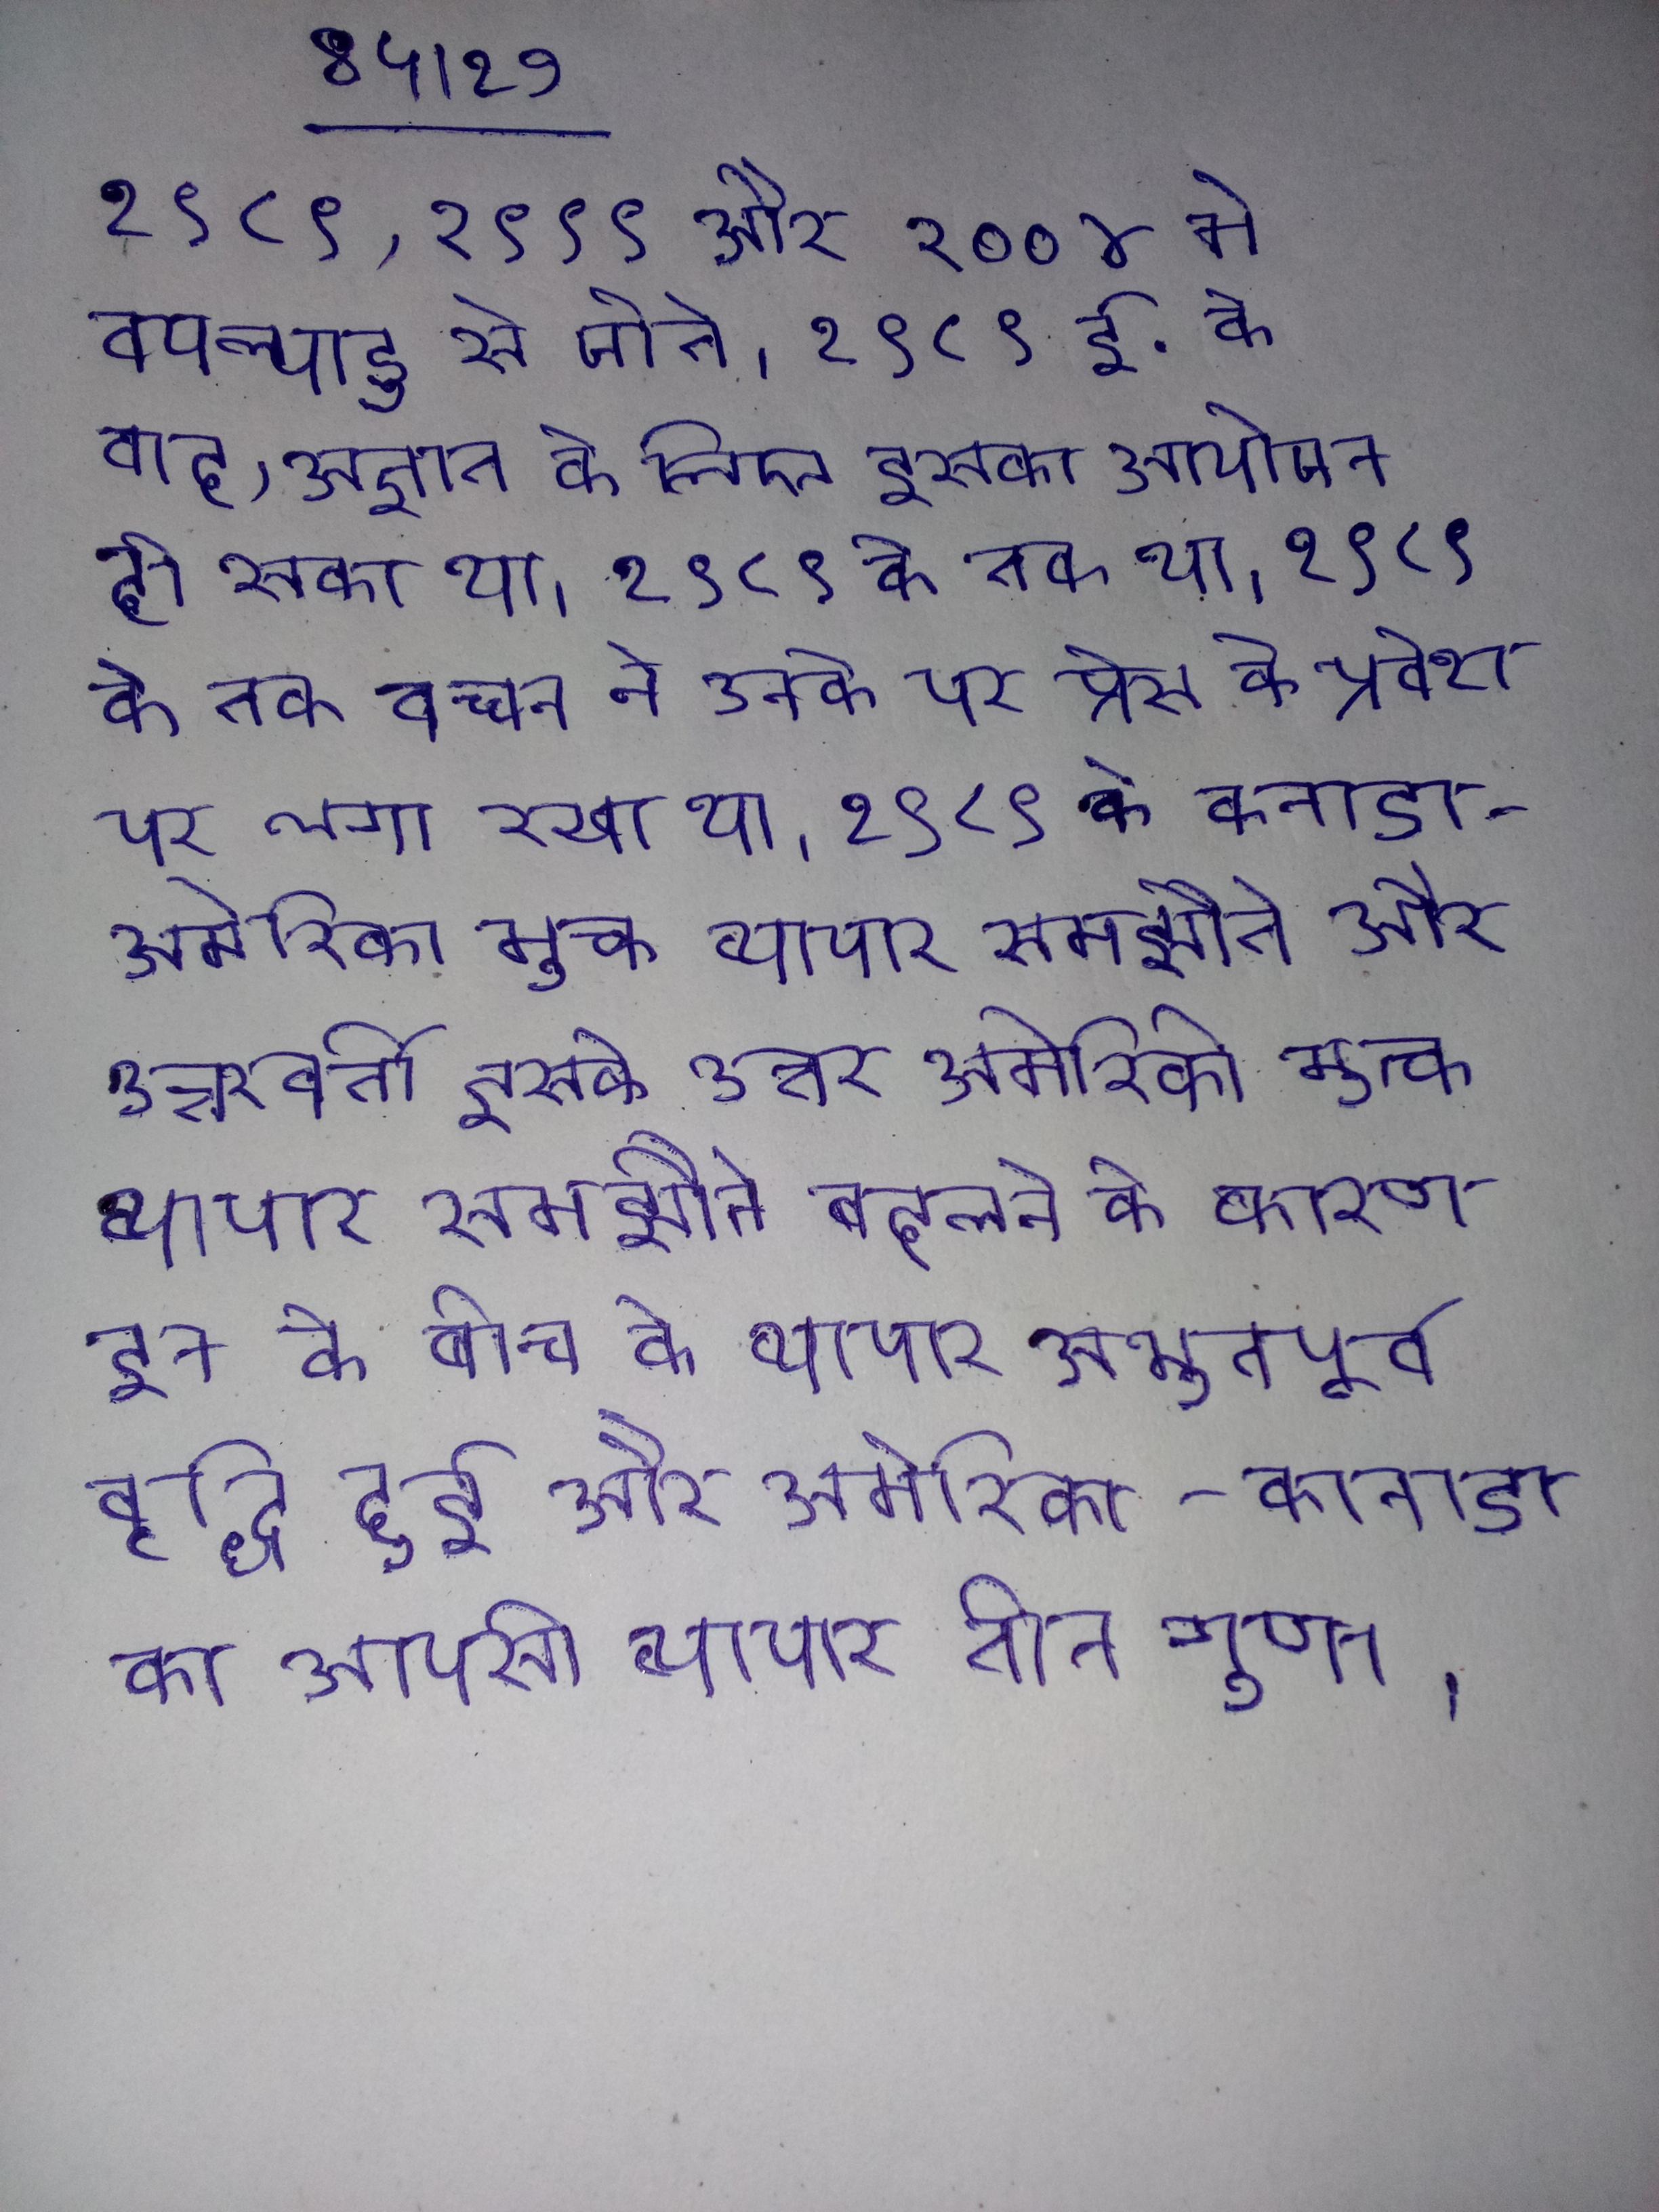
१९८९, १९९९ और २००४ मे वयल्पाडु से जीते । १९८९ ई. के बाद, अज्ञात के लिए इसका आयोजन हो सका था । १९८९ के तक बच्चन ने उनके पर प्रेस के प्रवेश पर लगा रखा था । १९८९ के कनाडा-अमेरिका मुक्त व्यापार समझौते और उत्तरवर्ती इसके उत्तर अमेरिकी मुक्त व्यापार समझौते बदलने के कारण इन के बीच के व्यापार अभूतपूर्व वृद्धि हुई और अमेरिका-कनाडा का आपसी व्यापार तीन गुणा ।